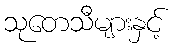
သုတေသီများနှင့်